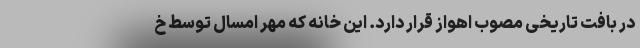
در بافت تاریخی مصوب اهواز قرار دارد. این خانه که مهر امسال توسط خ